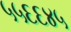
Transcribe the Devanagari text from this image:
५५६६४५